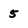
Character: 5